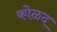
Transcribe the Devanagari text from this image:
कोळद